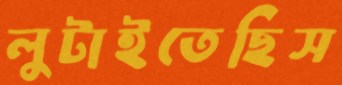
লুটাইতেছিস